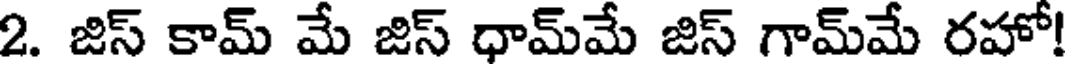
2. జిస్ కామ్ మే జిస్ ధామ్మే జిస్ గామ్మే రహో!